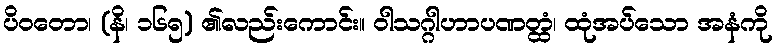
ပိဝတော၊ (နိ၊ ၁၆၅) ၏လည်းကောင်း။ ဝါသဂ္ဂါဟာပဏတ္ထံ၊ ထုံအပ်သော အနံကို